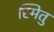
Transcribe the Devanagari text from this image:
स्मितु